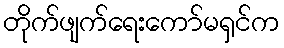
တိုက်ဖျက်ရေးကော်မရှင်က